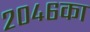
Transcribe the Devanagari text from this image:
२०४६का